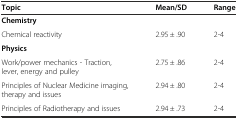
<table><thead><tr><td><b>Topic</b></td><td><b>Mean/SD</b></td><td><b>Range</b></td></tr></thead><tbody><tr><td><b>Chemistry</b></td><td></td><td></td></tr><tr><td>Chemical reactivity</td><td>2.95 ± .90</td><td>2-4</td></tr><tr><td><b>Physics</b></td><td></td><td></td></tr><tr><td>Work/power mechanics - Traction, lever, energy and pulley</td><td>2.75 ± .86</td><td>2-4</td></tr><tr><td>Principles of Nuclear Medicine imaging, therapy and issues</td><td>2.94 ± .80</td><td>2-4</td></tr><tr><td>Principles of Radiotherapy and issues</td><td>2.94 ± .73</td><td>2-4</td></tr></tbody></table>